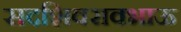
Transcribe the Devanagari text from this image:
सदशिवरावभाऊ